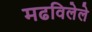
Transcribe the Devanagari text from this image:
मढविलेले